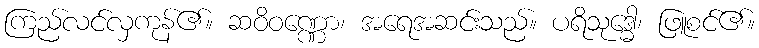
ကြည်လင်လှကုန်၏။ ဆဝိဝဏ္ဏော၊ အရေအဆင်းသည်။ ပရိသုဒ္ဓေါ၊ ဖြူစင်၏။